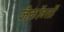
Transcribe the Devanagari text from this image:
जैकॉब्सों